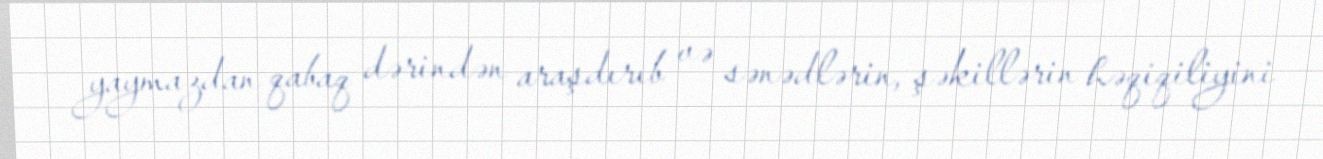
yaymazdan qabaq dərindən araşdırıb və sənədlərin, şəkillərin həqiqiliyini